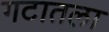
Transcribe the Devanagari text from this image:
गटातला